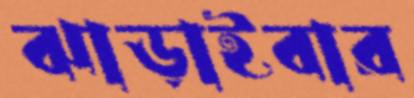
ঝাড়াইবার